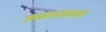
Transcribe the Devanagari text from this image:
उगमाजवळच